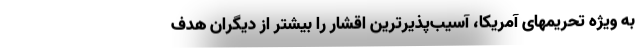
به ویژه تحریمهای آمریکا، آسیب‌پذیرترین اقشار را بیشتر از دیگران هدف